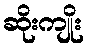
ဆိုးကျိုး